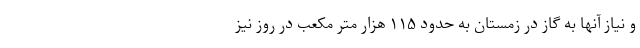
و نیاز آنها به گاز در زمستان به حدود ۱۱۵ هزار متر مکعب در روز نیز